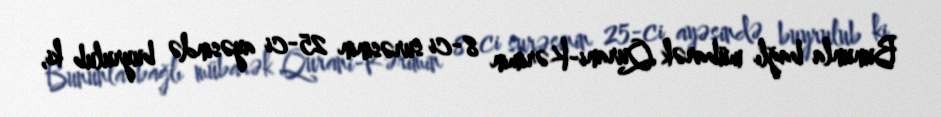
Bununla bağlı mübarək Qurani-Kərimin 8-ci surəsinin 25-ci ayəsində buyrulub ki,